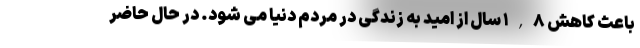
باعث کاهش ۱,۸ سال از امید به زندگی در مردم دنیا می شود. در حال حاضر